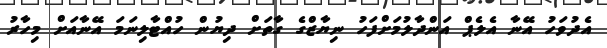
އެދުވަހު އޭނާ އެލެޕް އަންދާލުމަށްފަހު ނިޔާޒްގެ ގާތަށް ދިޔުން ހުއްޓާލިނަމަ އޭނާއަށް މިހާރު